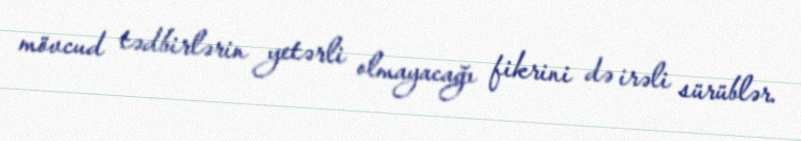
mövcud tədbirlərin yetərli olmayacağı fikrini də irəli sürüblər.